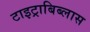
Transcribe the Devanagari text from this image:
टाइट्राबिब्लास